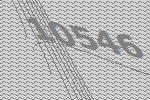
10546